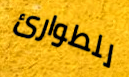
للطوارئ